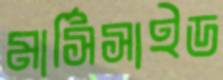
মার্সিসাইড